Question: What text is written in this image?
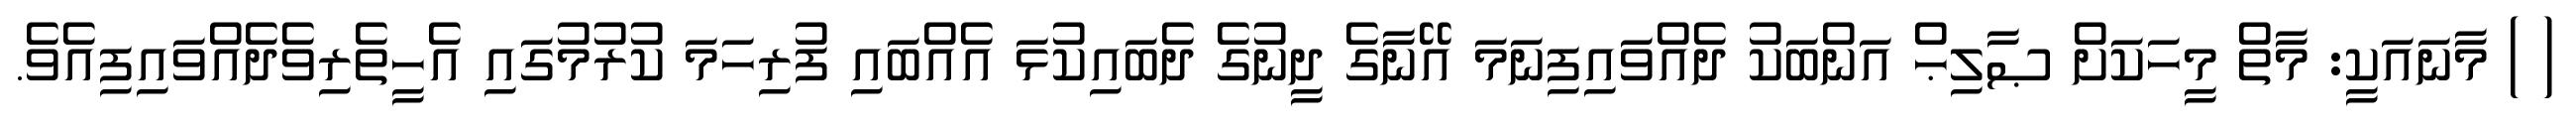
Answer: ( ) މާނައަކީ: މާތް މީހަކަށް ޞާލިޙް އަންބަކު ދެއްވައިފިނަމަ އޭނާގެ ދީނުގެ ދެބައިކުޅަ އެއްބައި ފުރިހަމަ ކުރުމުގައި އެހީތެރިވެދެއްވައިފިއެވެ.